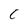
Character: C